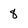
Character: 8